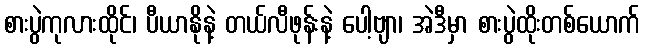
စားပွဲကုလားထိုင်၊ ပီယာနိုနဲ့ တယ်လီဖုန်းနဲ့ ပေါ့ဗျာ၊ အဲဒီမှာ စားပွဲထိုးတစ်ယောက်